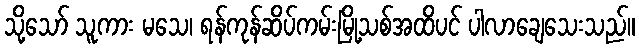
သို့သော် သူကား မသေ၊ ရန်ကုန်ဆိပ်ကမ်းမြို့သစ်အထိပင် ပါလာချေသေးသည်။